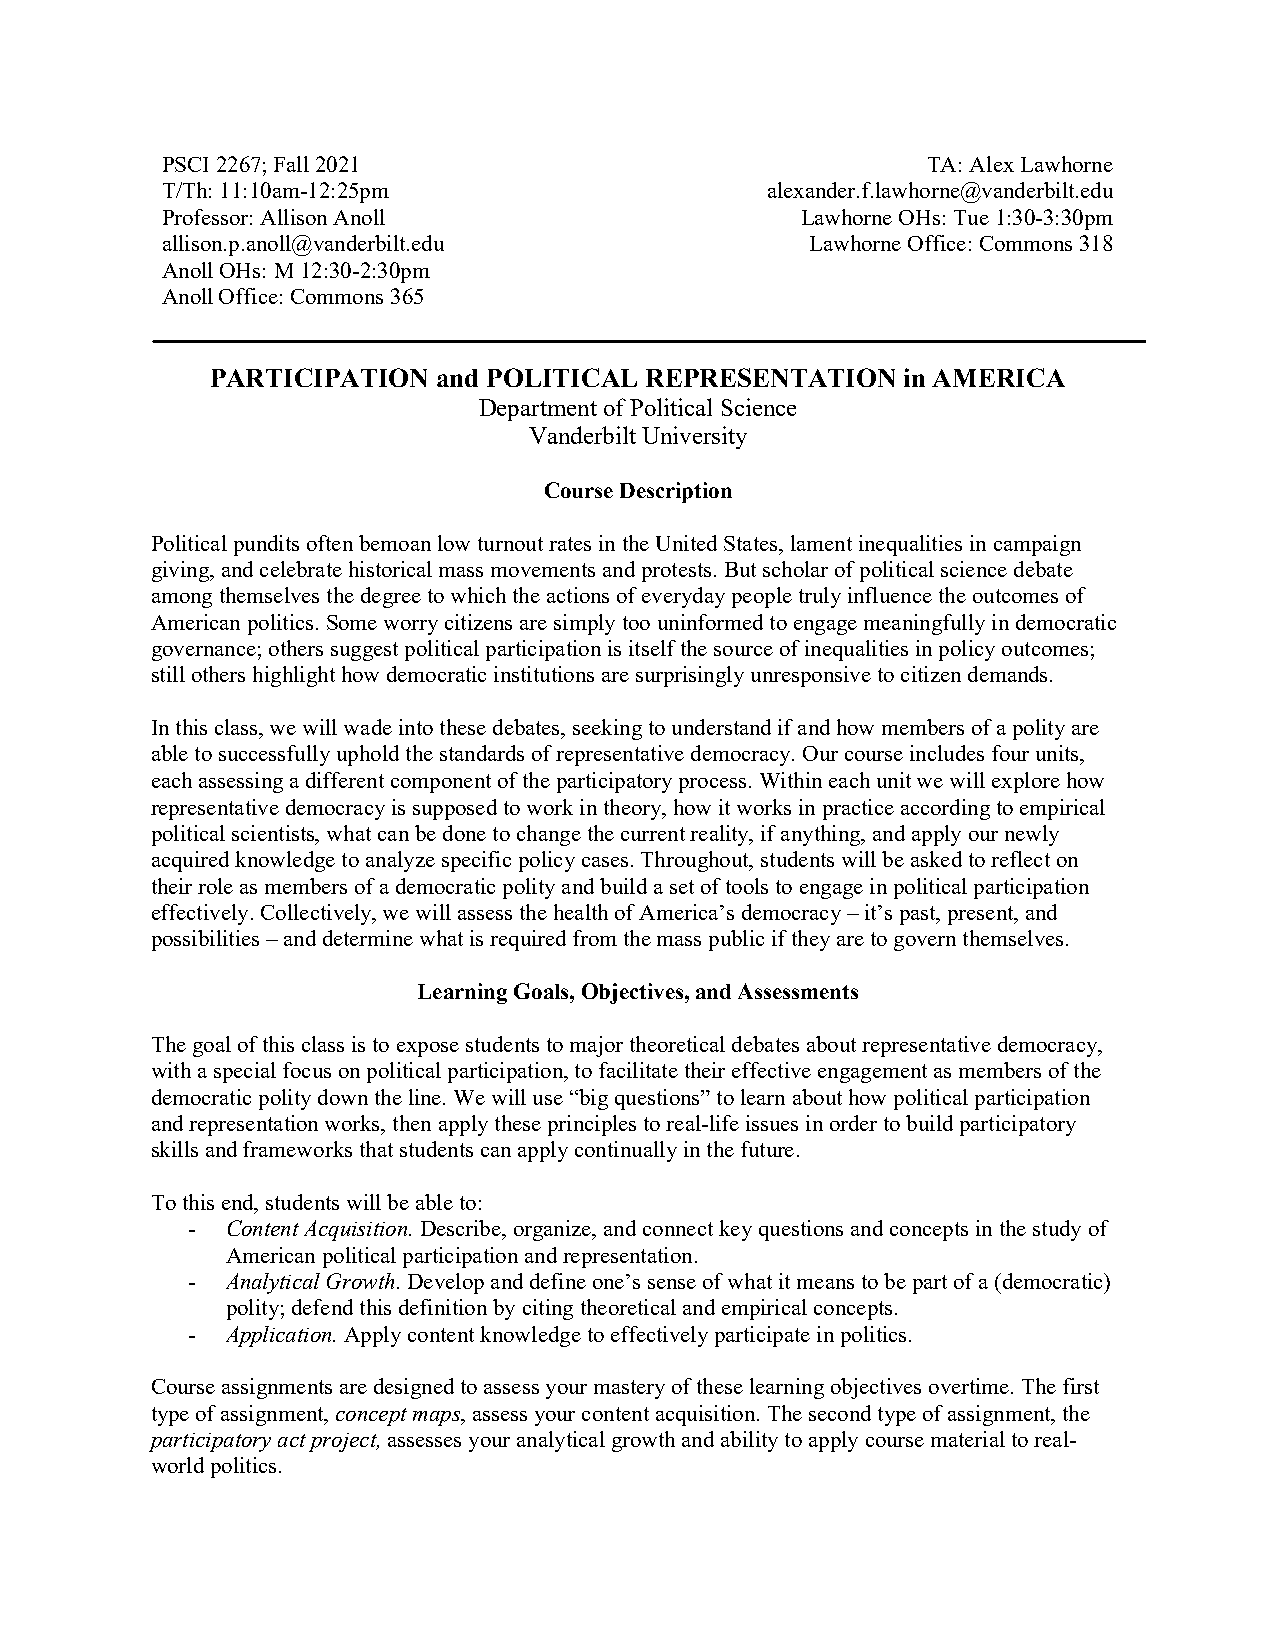
PSCI 2267; Fall 2021                              TA: Alex Lawhorne
 T/Th: 11:10am-12:25pm                   alexander.f.lawhorne@vanderbilt.edu
 Professor: Allison Anoll                  Lawhorne OHs: Tue 1:30-3:30pm
 allison.p.anoll@vanderbilt.edu             Lawhorne Office: Commons 318
 Anoll OHs: M 12:30-2:30pm
 Anoll Office: Commons 365
 PARTICIPATION  and POLITICAL REPRESENTATION   in AMERICA
 Department of Political Science
 Vanderbilt University
 Course Description
 Political pundits often bemoan low turnout rates in the United States, lament inequalities in campaign
 giving, and celebrate historical mass movements and protests. But scholar of political science debate
 among themselves the degree to which the actions of everyday people truly influence the outcomes of
 American politics. Some worry citizens are simply too uninformed to engage meaningfully in democratic
 governance; others suggest political participation is itself the source of inequalities in policy outcomes;
 still others highlight how democratic institutions are surprisingly unresponsive to citizen demands.
 In this class, we will wade into these debates, seeking to understand if and how members of a polity are
 able to successfully uphold the standards of representative democracy. Our course includes four units,
 each assessing a different component of the participatory process. Within each unit we will explore how
 representative democracy is supposed to work in theory, how it works in practice according to empirical
 political scientists, what can be done to change the current reality, if anything, and apply our newly
 acquired knowledge to analyze specific policy cases. Throughout, students will be asked to reflect on
 their role as members of a democratic polity and build a set of tools to engage in political participation
 effectively. Collectively, we will assess the health of America’s democracy – it’s past, present, and
 possibilities – and determine what is required from the mass public if they are to govern themselves.
 Learning Goals, Objectives, and Assessments
 The goal of this class is to expose students to major theoretical debates about representative democracy,
 with a special focus on political participation, to facilitate their effective engagement as members of the
 democratic polity down the line. We will use “big questions” to learn about how political participation
 and representation works, then apply these principles to real-life issues in order to build participatory
 skills and frameworks that students can apply continually in the future.
 To this end, students will be able to:
 -  Content Acquisition. Describe, organize, and connect key questions and concepts in the study of
 American political participation and representation.
 -  Analytical Growth. Develop and define one’s sense of what it means to be part of a (democratic)
 polity; defend this definition by citing theoretical and empirical concepts.
 -  Application. Apply content knowledge to effectively participate in politics.
 Course assignments are designed to assess your mastery of these learning objectives overtime. The first
 type of assignment, concept maps, assess your content acquisition. The second type of assignment, the
 participatory act project, assesses your analytical growth and ability to apply course material to real-
 world politics.